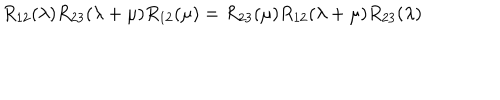
R _ { 1 2 } ( \lambda ) R _ { 2 3 } ( \lambda + \mu ) R _ { 1 2 } ( \mu ) = R _ { 2 3 } ( \mu ) R _ { 1 2 } ( \lambda + \mu ) R _ { 2 3 } ( \lambda )